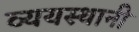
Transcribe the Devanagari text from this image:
व्ययस्थानी